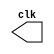
// ------------------------- 
// Exemplo00041 - FULL ADDER 
// Nome: Flavio Andrade Amaral Motta 
// ------------------------- 

// ---------------------------
// -- test clock generator (1)
// ---------------------------
module clock (clk);
	output clk;
	reg clk;

initial
	begin
		clk = 1'b0;
	end
		always
	begin
		#12 clk = ~clk;
	end
	endmodule // clock ( )
	
	
	module Exemplo0041;
	
	wire  clk;
	clock CLK1 ( clk );
	
	initial begin
	$display("Exemplo 0041 - Flavio Andrade Amaral Motta - 392001");
	$display("Test clock");
	$dumpfile ( "Exemplo041.vcd" );
	$dumpvars;
	#120 $finish;
	end
	
endmodule // Exemplo041 ( )